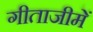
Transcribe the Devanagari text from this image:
गीताजीमें